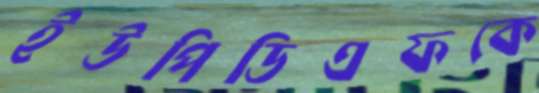
ইউপিডিএফকে